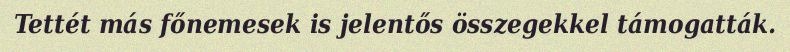
Tettét más főnemesek is jelentős összegekkel támogatták.